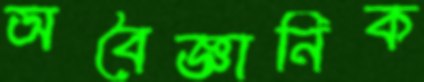
অবৈজ্ঞানিক